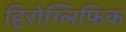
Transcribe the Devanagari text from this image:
हिरोग्लिफ़िक